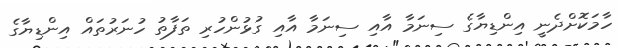
ހާމަކޮށްދެނީ އިންޑިޔާގެ ސިނަމާ އާއި ސިނަމާ އާއި ގުޅުންހުރި ތަފާތު ހުނަރުތައް އިންޑިޔާގެ